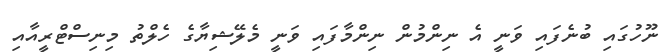
ނޫހުގައި ބުނެފައި ވަނީ އެ ނިންމުން ނިންމާފައި ވަނީ މެލޭޝިޔާގެ ހެލްތު މިނިސްޓްރީއާއި